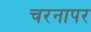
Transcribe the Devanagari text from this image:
चरनापर